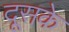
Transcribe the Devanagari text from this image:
दूसके